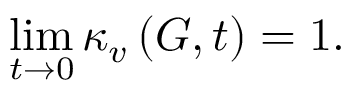
\operatorname* { l i m } _ { t \rightarrow 0 } \kappa _ { v } \left( G , t \right) = 1 .